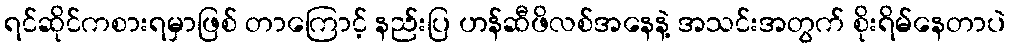
ရင်ဆိုင်ကစားရမှာဖြစ် တာကြောင့် နည်းပြ ဟန်ဆီဖိလစ်အနေနဲ့ အသင်းအတွက် စိုးရိမ်နေတာပဲ